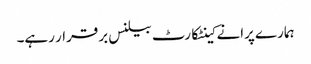
ہمارے پرانے کینٹکارٹ بیلنس برقرار رہے۔